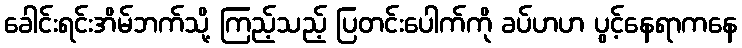
ခေါင်းရင်းအိမ်ဘက်သို့ ကြည့်သည့် ပြတင်းပေါက်ကို ခပ်ဟဟ ပွင့်နေရာကနေ